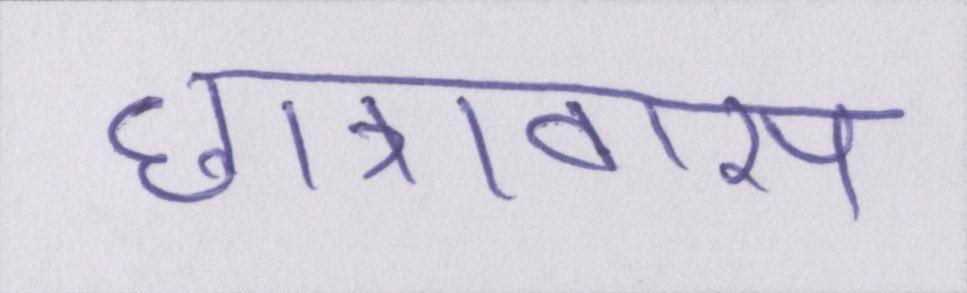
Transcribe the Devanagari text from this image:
छात्रावास